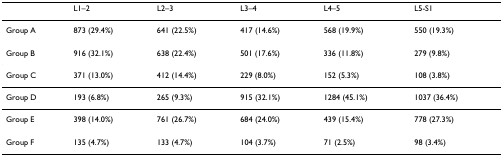
<table><thead><tr><td></td><td><b>L1–2</b></td><td><b>L2–3</b></td><td><b>L3–4</b></td><td><b>L4–5</b></td><td><b>L5-S1</b></td></tr></thead><tbody><tr><td>Group A</td><td>873 (29.4%)</td><td>641 (22.5%)</td><td>417 (14.6%)</td><td>568 (19.9%)</td><td>550 (19.3%)</td></tr><tr><td>Group B</td><td>916 (32.1%)</td><td>638 (22.4%)</td><td>501 (17.6%)</td><td>336 (11.8%)</td><td>279 (9.8%)</td></tr><tr><td>Group C</td><td>371 (13.0%)</td><td>412 (14.4%)</td><td>229 (8.0%)</td><td>152 (5.3%)</td><td>108 (3.8%)</td></tr><tr><td>Group D</td><td>193 (6.8%)</td><td>265 (9.3%)</td><td>915 (32.1%)</td><td>1284 (45.1%)</td><td>1037 (36.4%)</td></tr><tr><td>Group E</td><td>398 (14.0%)</td><td>761 (26.7%)</td><td>684 (24.0%)</td><td>439 (15.4%)</td><td>778 (27.3%)</td></tr><tr><td>Group F</td><td>135 (4.7%)</td><td>133 (4.7%)</td><td>104 (3.7%)</td><td>71 (2.5%)</td><td>98 (3.4%)</td></tr></tbody></table>